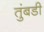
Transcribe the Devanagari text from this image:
तुंबडी